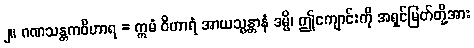
၂။ ဂဏသန္တကဝိဟာရ = ဣမံ ဝိဟာရံ အာယသ္မန္တာနံ ဒမ္မိ၊ ဤကျောင်းကို အရှင်မြတ်တို့အား